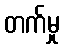
တက်မှု